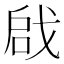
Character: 𠶶